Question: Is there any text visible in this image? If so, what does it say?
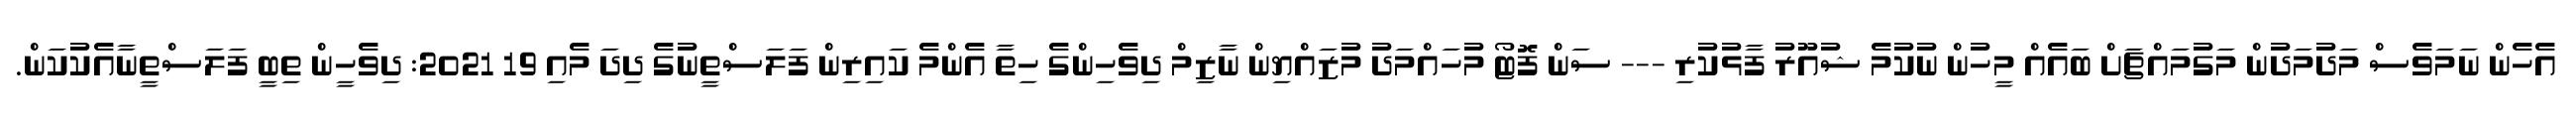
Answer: އެހެން ނަމަވެސް މަދުމަދުން މަގުމައްޗަށް ބައެއް މީހުން ނުކުމެ ޝުއޫރު ފާޅުކުރި --- ސަން ފޮޓޯ މުހައްމަދު މުޒައްޔިން ނާޒިމް ދިވެހިންގެ ހިތާ އެންމެ ކައިރިން ފަލަސްތީނުގެ ދިދަ މެއި 19 2021: ދިވެހީން ތިބީ ފަލަސްތީނާއެކުކަން.